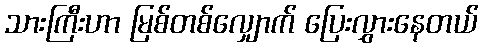
သားကြီးဟာ မြစ်တစ်လျှောက် ပြေးလွှားနေတယ်